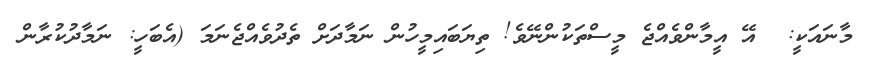
މާނައަކީ:  އޭ އީމާންވެއްޖެ މީސްތަކުންނޭވެ! ތިޔަބައިމީހުން ނަމާދަށް ތެދުވެއްޖެނަމަ (އެބަހީ: ނަމާދުކުރާން